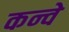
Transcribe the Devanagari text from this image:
कन्वे